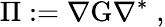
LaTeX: \Pi:=\nabla\mathrm{G}\nabla^{\ast}\; ,